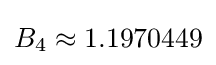
B_{4}\approx 1.1970449